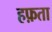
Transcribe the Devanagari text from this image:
हफ़ता